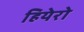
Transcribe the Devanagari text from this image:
हियेरो